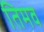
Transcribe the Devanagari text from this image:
तिमव